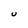
Character: U